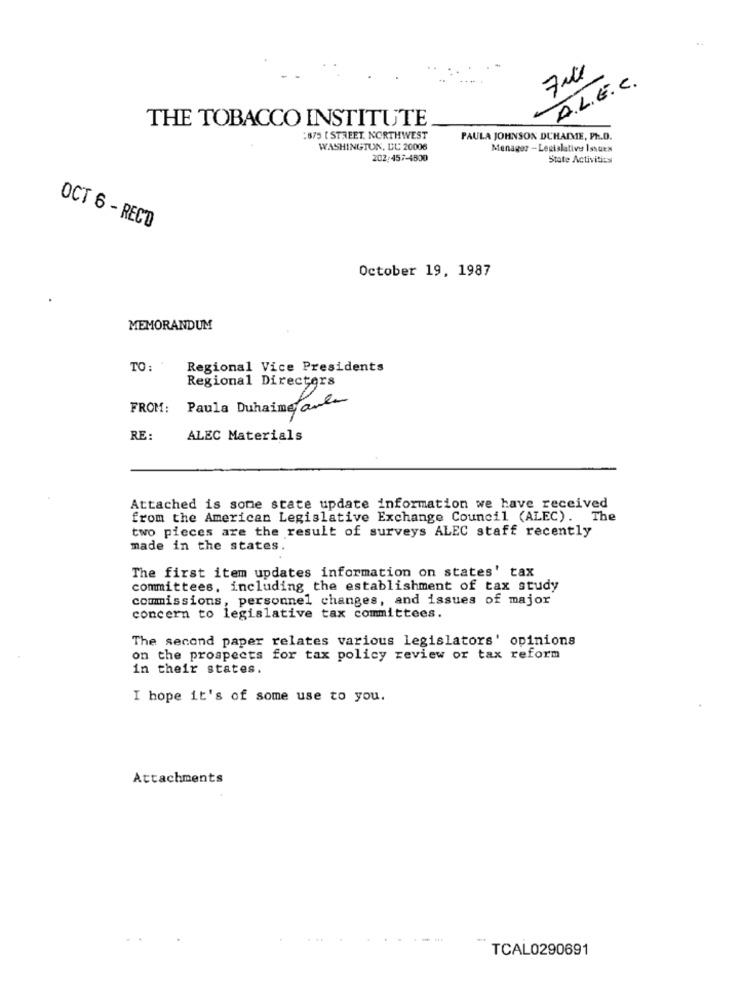
A.L.E.C.
THE TOBACCO INSTITUTE
:875 [ STREET. NORTHWEST
PAULA JOHNSON DUHAIME, Ph.D.
WASHINGTON, DC 20006
Menager - Legislative Issues
202:457-4800
State Activities
OCT 6 - RECO
October 19, 1987
MEMORANDUM
TO:
Regional Vice Presidents
Regional Directors
FROM:
Paula Duhaime ante
RE:
ALEC Materials
Attached is some state update information we have received
from the American Legislative Exchange Council (ALEC). The
two pieces are the result of surveys ALEC staff recently
made in the states.
The first item updates information on states' tax
committees, including the establishment of tax study
commissions, personnel changes, and issues of major
concern to legislative tax committees.
The second paper relates various legislators' opinions
on the prospects for tax policy review or tax reform
in their states.
I hope it's of some use to you.
Attachments
TCAL0290691